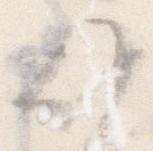
候